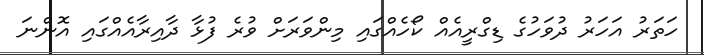
ހަތަރު އަހަރު ދުވަހުގެ ޑިގްރީއެއް ކޯހެއްގައި މިންވަރަށް ވުރެ ފުޅާ ދާއިރާއެއްގައި އޮންނަ